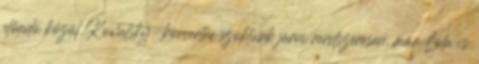
előadó közül Kowalsky-koncertre szoktunk járni rendszeresen, már Lola is